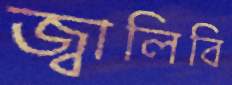
জ্বালিবি